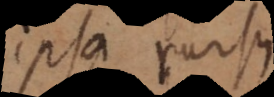
ipsa rursus